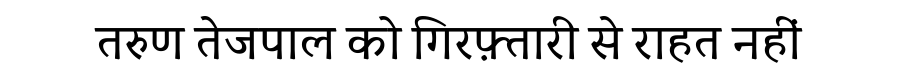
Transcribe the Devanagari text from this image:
तरुण तेजपाल को गिरफ़्तारी से राहत नहीं